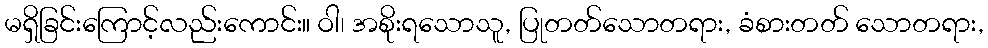
မရှိခြင်းကြောင့်လည်းကောင်း။ ဝါ၊ အစိုးရသောသူ, ပြုတတ်သောတရား, ခံစားတတ် သောတရား,